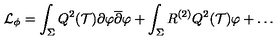
{ \cal L } _ { \phi } = \int _ { \Sigma } Q ^ { 2 } ( { \cal T } ) \partial \varphi { \overline { \partial } \varphi } + \int _ { \Sigma } R ^ { ( 2 ) } Q ^ { 2 } ( { \cal T } ) \varphi + \dots